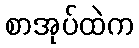
စာအုပ်ထဲက